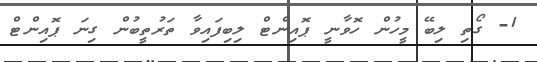
1- ގޯތި ލިބޭ މީހުން ހޮވާނީ ޕޮއިންޓް ލިބިފައިވާ ތަރުތީބުން ގިނަ ޕޮއިންޓް